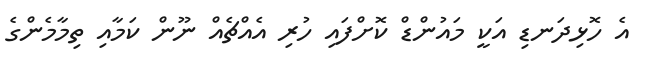
އެ ހޮޅިދަނޑި އަކީ މައުންޑް ކޮށްފައި ހުރި އެއްޗެއް ނޫން ކަމާއި ތިމާމެންގެ